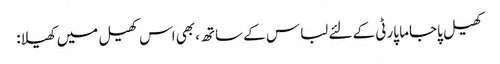
کھیل پاجاما پارٹی کے لئے لباس کے ساتھ، بھی اس کھیل میں کھیلا: